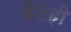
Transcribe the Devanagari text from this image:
बेटेही